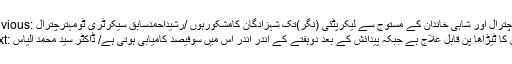
Previous: مہترچترال اور شاہی خاندان کے مستوج سے لیکرپٹئی (نگر)تک شہزادگان کامشکورہوں /رشیداحمدسابق سیکرٹری ٹومہترچترال
Next: پاؤں کا ٹیڑاھا پن قابل علاج ہے جبکہ پیدائش کے بعد دوہفتے کے اندر اندر اس میں سوفیصد کامیابی ہوتی ہے/ ڈاکٹر سید محمد الیاس